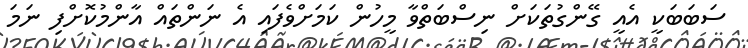
ސަބަބަކީ އެއީ ގޭންގުތަކަށް ނިސްބަތްވާ މީހުން ކަމަށްވެފައި އެ ނަންތައް އާންމުކޮށްފި ނަމަ